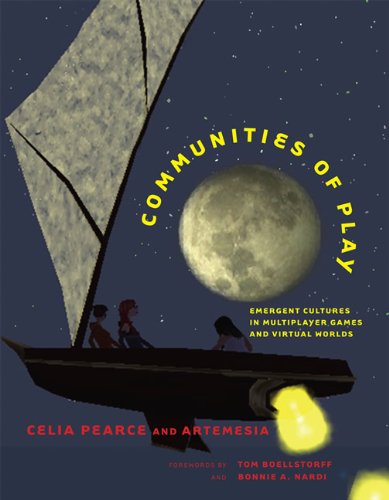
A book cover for Communities of Play: Emergent Cultures in Multiplayer Games and Virtual Worlds; Celia Pearce; Computers & Technology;